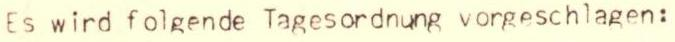
Es wird folgende Tagesordnung vorgeschlagen: